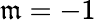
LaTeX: \mathfrak{m}=-1